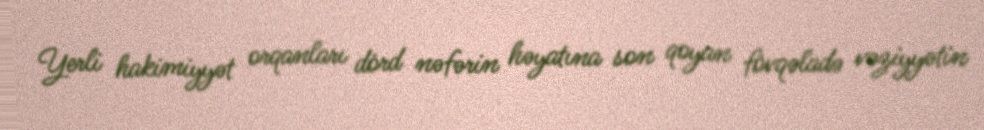
Yerli hakimiyyət orqanları dörd nəfərin həyatına son qoyan fövqəladə vəziyyətin